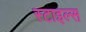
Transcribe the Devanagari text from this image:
स्‍टाइल्‍स